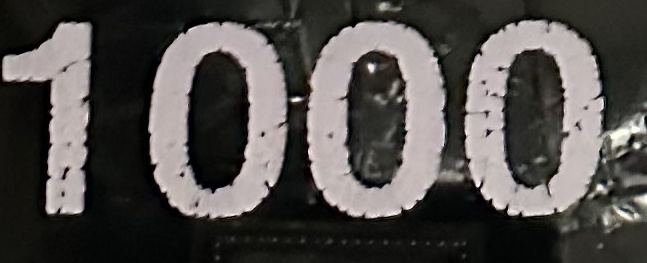
1000